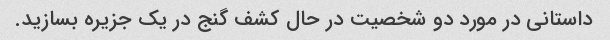
داستانی در مورد دو شخصیت در حال کشف گنج در یک جزیره بسازید.